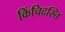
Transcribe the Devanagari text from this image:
किंचिदस्ति